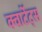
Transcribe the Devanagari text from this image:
क्वार्टेट्स